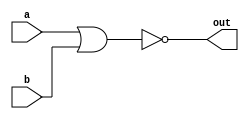
`timescale 1ns / 1ps
//////////////////////////////////////////////////////////////////////////////////
// Company: 
// Engineer: 
// 
// Design Name: 
// Module Name: nor
// Project Name: 
// Target Devices: 
// Tool Versions: 
// Description: 
// 
// Dependencies: 
// 
// Revision:
// Revision 0.01 - File Created
// Additional Comments:
// 
//////////////////////////////////////////////////////////////////////////////////


module Nor(input[3:0] a,b,output out);
assign out = !(a|b);

endmodule